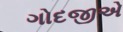
ગોદજીએ